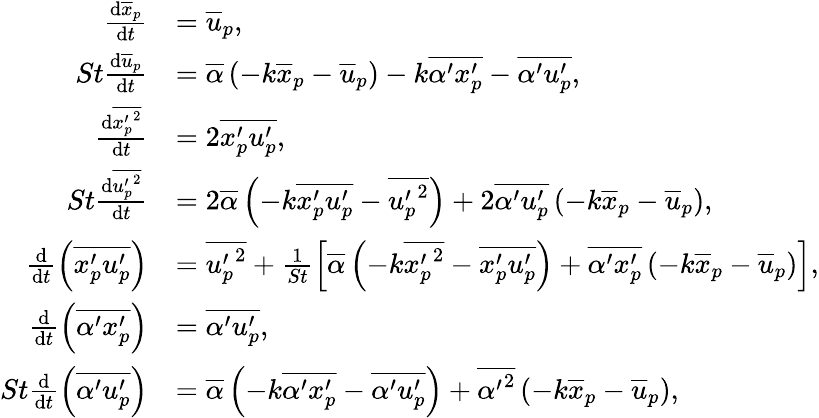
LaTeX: \begin{array}{rl}{\frac{\mathrm{d}\overline{{x}}_{p}}{\mathrm{d}t}}&{=\overline{{u}}_{p},}\\ {St\frac{\mathrm{d}\overline{{u}}_{p}}{\mathrm{d}t}}&{=\overline{{\alpha}}\left(-k\overline{{x}}_{p}-\overline{{u}}_{p}\right)-k\overline{{\alpha^{\prime}x_{p}^{\prime}}}-\overline{{\alpha^{\prime}u_{p}^{\prime}}},}\\ {\frac{\mathrm{d}\overline{{{x_{p}^{\prime}}^{2}}}}{\mathrm{d}t}}&{=2\overline{{x_{p}^{\prime}u_{p}^{\prime}}},}\\ {St\frac{\mathrm{d}\overline{{{u_{p}^{\prime}}^{2}}}}{\mathrm{d}t}}&{=2\overline{{\alpha}}\left(-k\overline{{x_{p}^{\prime}u_{p}^{\prime}}}-\overline{{{u_{p}^{\prime}}^{2}}}\right)+2\overline{{\alpha^{\prime}u_{p}^{\prime}}}\left(-k\overline{{x}}_{p}-\overline{{u}}_{p}\right),}\\ {\frac{\mathrm{d}}{\mathrm{d}t}\left(\overline{{x_{p}^{\prime}u_{p}^{\prime}}}\right)}&{=\overline{{{u_{p}^{\prime}}^{2}}}+\frac{1}{St}\left[\overline{{\alpha}}\left(-k\overline{{{x_{p}^{\prime}}^{2}}}-\overline{{x_{p}^{\prime}u_{p}^{\prime}}}\right)+\overline{{\alpha^{\prime}x_{p}^{\prime}}}\left(-k\overline{{x}}_{p}-\overline{{u}}_{p}\right)\right],}\\ {\frac{\mathrm{d}}{\mathrm{d}t}\left(\overline{{\alpha^{\prime}x_{p}^{\prime}}}\right)}&{=\overline{{\alpha^{\prime}u_{p}^{\prime}}},}\\ {St\frac{\mathrm{d}}{\mathrm{d}t}\left(\overline{{\alpha^{\prime}u_{p}^{\prime}}}\right)}&{=\overline{{\alpha}}\left(-k\overline{{\alpha^{\prime}x_{p}^{\prime}}}-\overline{{\alpha^{\prime}u_{p}^{\prime}}}\right)+\overline{{{\alpha^{\prime}}^{2}}}\left(-k\overline{{x}}_{p}-\overline{{u}}_{p}\right),}\end{array}